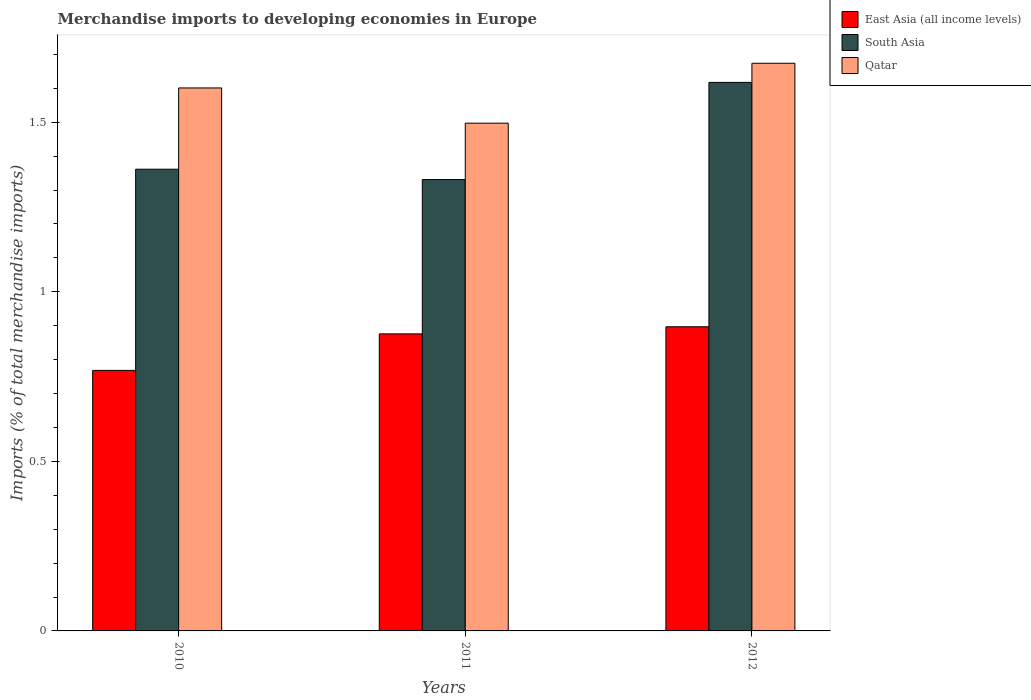
| Years | East Asia (all income levels) | South Asia | Qatar |
 | --- | --- | --- | --- |
 | 2010 | 0.768 | 1.36 | 1.6 |
 | 2011 | 0.876 | 1.33 | 1.5 |
 | 2012 | 0.897 | 1.62 | 1.67 |